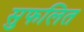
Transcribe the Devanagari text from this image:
सुफलित